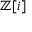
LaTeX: \mathbb { Z } [ i ]